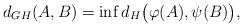
LaTeX: \begin{align*}d_{GH}(A,B) = \inf d_H\bigl(\varphi(A),\psi(B)\bigr),\end{align*}